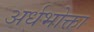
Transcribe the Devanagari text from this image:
अर्धभोक्ता